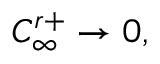
C _ { \infty } ^ { r + } \rightarrow 0 ,